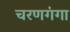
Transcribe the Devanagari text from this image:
चरणगंगा